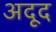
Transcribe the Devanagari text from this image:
अदूद